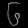
Digit: ၆